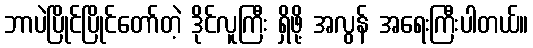
ဘာပဲပြိုင်ပြိုင်တော်တဲ့ ဒိုင်လူကြီး ရှိဖို့ အလွန် အရေးကြီးပါတယ်။